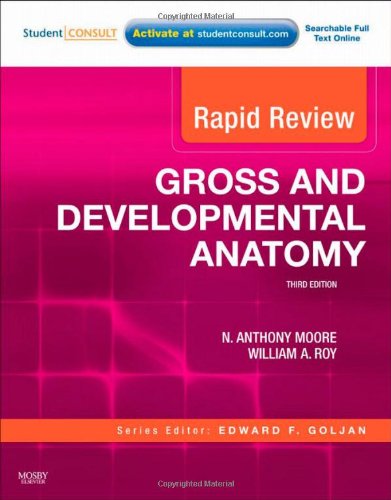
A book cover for Rapid Review Gross and Developmental Anatomy: With STUDENT CONSULT Online Access, 3e; N. Anthony Moore PhD; Medical Books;